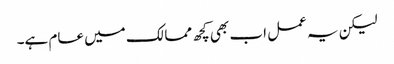
لیکن یہ عمل اب بھی کچھ ممالک میں عام ہے۔